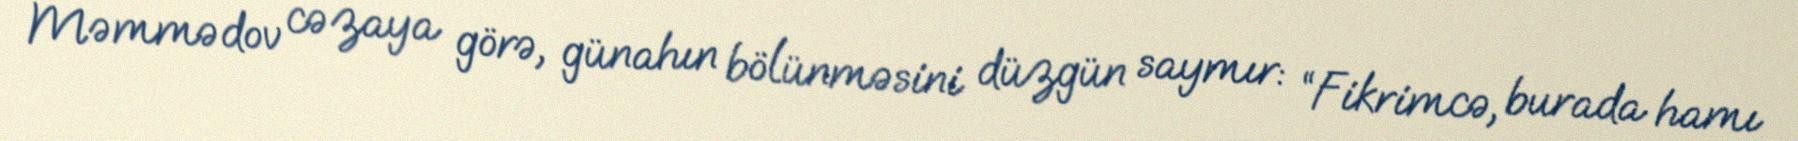
Məmmədov cəzaya görə, günahın bölünməsini düzgün saymır: “Fikrimcə, burada hamı